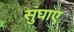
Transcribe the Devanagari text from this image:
सुंघाए